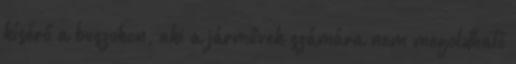
kísérő a buszokon, aki a járművek számára nem megoldható